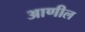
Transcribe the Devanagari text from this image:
आणील